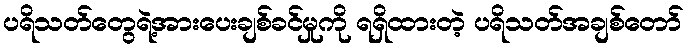
ပရိသတ်တွေရဲ့အားပေးချစ်ခင်မှုကို ရရှိထားတဲ့ ပရိသတ်အချစ်တော်